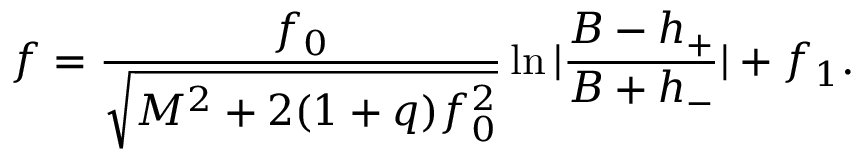
f = \frac { f _ { 0 } } { \sqrt { M ^ { 2 } + 2 ( 1 + q ) f _ { 0 } ^ { 2 } } } \ln | \frac { B - h _ { + } } { B + h _ { - } } | + f _ { 1 } .